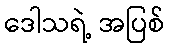
ဒေါသရဲ့ အပြစ်